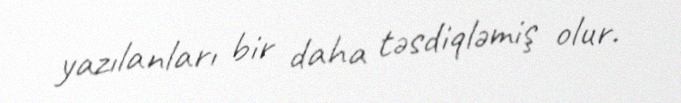
yazılanları bir daha təsdiqləmiş olur.